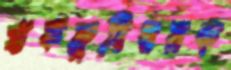
প্রকল্পবিষয়ক